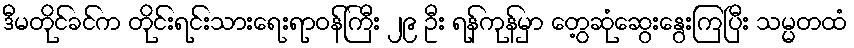
ဒီမတိုင်ခင်က တိုင်းရင်းသားရေးရာဝန်ကြီး ၂၉ ဦး ရန်ကုန်မှာ တွေ့ဆုံဆွေးနွေးကြပြီး သမ္မတထံ